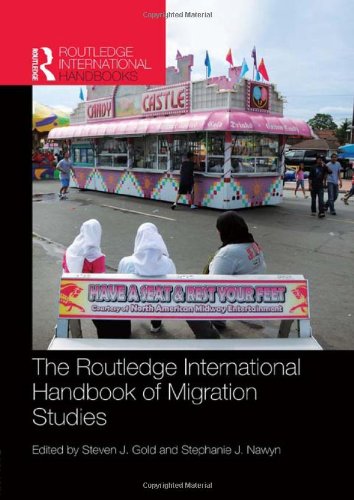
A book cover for Routledge International Handbook of Migration Studies (Routledge International Handbooks); Politics & Social Sciences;